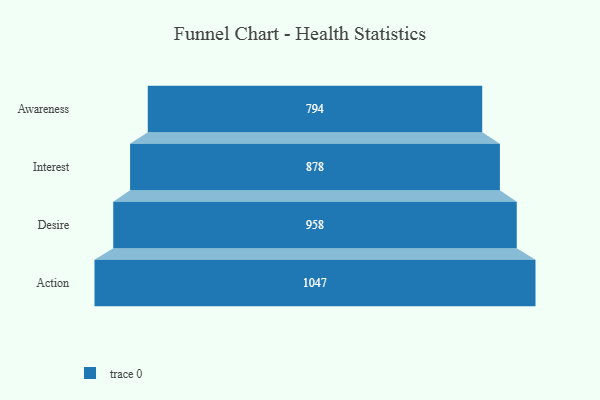
{"axis": {"x": "Stage", "y": "Value"}, "legend": [""], "data": [{"x": "Awareness", "y": 794.0, "type": ""}, {"x": "Interest", "y": 878.0, "type": ""}, {"x": "Desire", "y": 958.0, "type": ""}, {"x": "Action", "y": 1047.0, "type": ""}]}